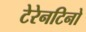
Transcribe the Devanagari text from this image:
टेरेनटिनो